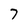
Character: 7